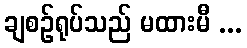
ချစဉ်ရုပ်သည် မထားမီ ...